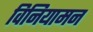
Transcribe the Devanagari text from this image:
विनियामन